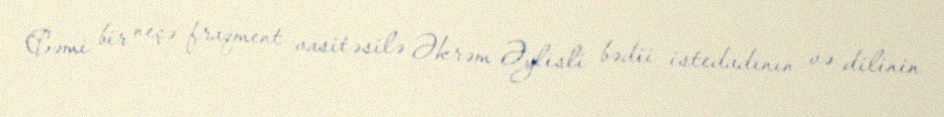
Cəmi bir neçə fraqment vasitəsilə Əkrəm Əylisli bədii istedadının və dilinin